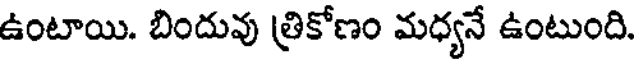
ఉంటాయి. బిందువు త్రికోణం మధ్యనే ఉంటుంది.